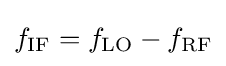
f_{\mathrm {IF} }=f_{\mathrm {LO} }-f_{\mathrm {RF} }